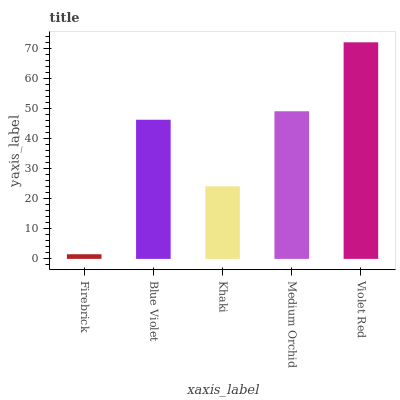
| xaxis_label | bars |
 | --- | --- |
 | Firebrick | 1.55 |
 | Blue Violet | 46.4 |
 | Khaki | 24.2 |
 | Medium Orchid | 49.2 |
 | Violet Red | 72.2 |